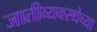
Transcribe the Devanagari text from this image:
जातीव्यवस्थेच्या